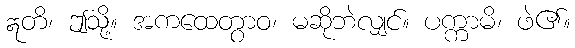
ဣတိ၊ ဤသို့။ အကထေတွာဝ၊ မဆိုဘဲလျှင်။ ပက္ကာမိ၊ ဖဲ၏။